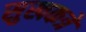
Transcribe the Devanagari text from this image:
सुखकत्रे